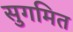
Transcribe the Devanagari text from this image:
सुगमित